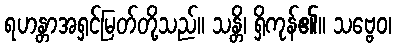
ရဟန္တာအရှင်မြတ်တို့သည်။ သန္တိ၊ ရှိကုန်၏။ သဗ္ဗေဝ၊